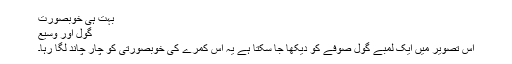
بہت ہی خوبصورت
گول اور وسیع
اس تصویر میں ایک لمبے گول صوفے کو دیکھا جا سکتا ہے یہ اس کمرے کی خوبصورتی کو چار چاند لگا رہا۔